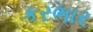
કરભાર